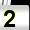
Digit: 2